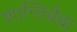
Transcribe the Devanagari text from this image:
शान्तिर्ब्रह्म